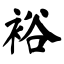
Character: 裕